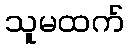
သူမထက်